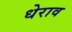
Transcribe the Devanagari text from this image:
धेराव